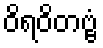
ဝိရဝိတဗ္ဗံ